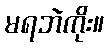
မရဘဲကိုး။